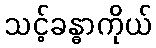
သင့်ခန္ဓာကိုယ်